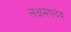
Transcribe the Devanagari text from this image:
लक्षमणदेव